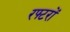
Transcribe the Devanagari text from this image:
रफ्टरों